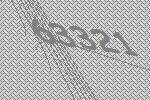
63321